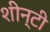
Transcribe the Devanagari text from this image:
शीन्टी